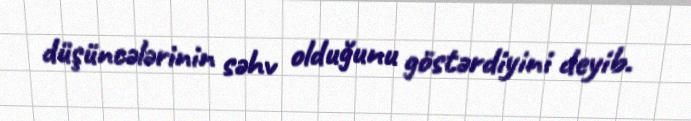
düşüncələrinin səhv olduğunu göstərdiyini deyib.